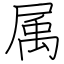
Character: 属